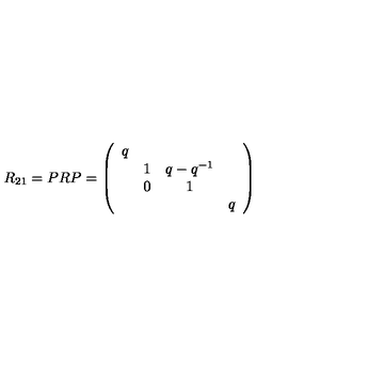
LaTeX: R _ { 2 1 } = P R P = \left( \begin{array} { c c c c } { q } & { } & { } & { } \\ { } & { 1 } & { q - q ^ { - 1 } } & { } \\ { } & { 0 } & { 1 } & { } \\ { } & { } & { } & { q } \\ \end{array} \right)